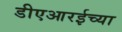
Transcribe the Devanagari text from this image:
डीएआरईच्या